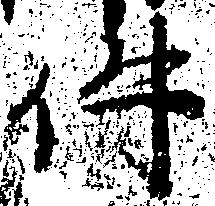
件